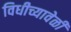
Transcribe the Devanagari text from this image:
विधीच्यावेळी